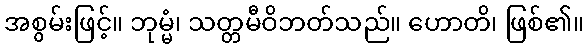
အစွမ်းဖြင့်။ ဘုမ္မံ၊ သတ္တမီဝိဘတ်သည်။ ဟောတိ၊ ဖြစ်၏။